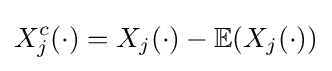
X_{j}^{c}(\cdot )=X_{j}(\cdot )-\mathbb {E} (X_{j}(\cdot ))